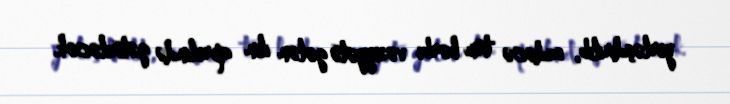
yerləşdirilib, sadəcə tam hərbi vəziyyətə gələn ilin aprelində gətiriləcək.